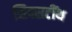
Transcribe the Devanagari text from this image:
सिक्सटींथ